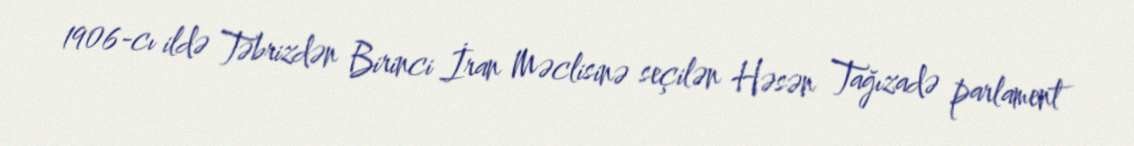
1906-cı ildə Təbrizdən Birinci İran Məclisinə seçilən Həsən Tağızadə parlament